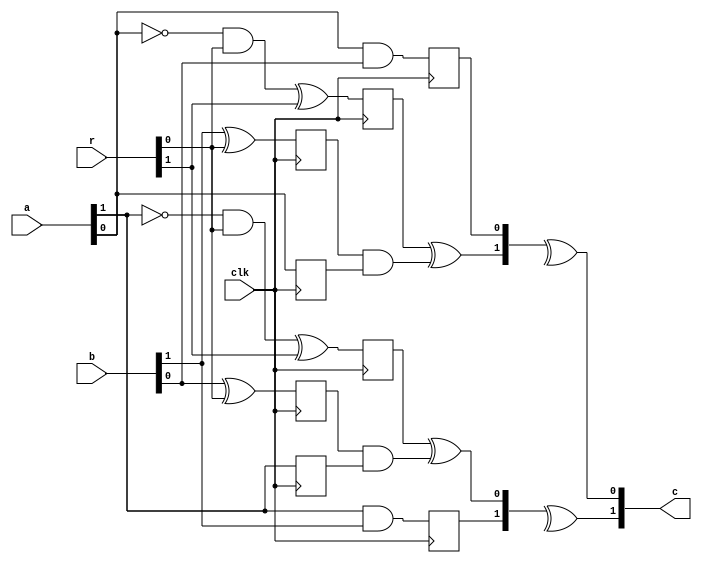
module and_HPC3_agema #(parameter security_order=1, parameter pipeline=1) (a, b, r, clk, c);

localparam half_rnd = security_order*(security_order+1)/2;


input wire [security_order:0] a, b;
input wire [2*half_rnd-1:0] r;
input wire clk;
output wire [security_order:0] c;

wire [half_rnd-1:0] r1, r2;
assign r1 = r[0 +: half_rnd];
assign r2 = r[half_rnd +: half_rnd];


function integer ij2idx(input integer i, input integer j);
    if (i < j) begin
        ij2idx = (half_rnd - (security_order-i)*(security_order-i+1)/2) + (j-i)-1;
    end else begin
        ij2idx = (half_rnd - (security_order-j)*(security_order-j+1)/2) + (i-j)-1;
    end
endfunction

genvar I, J;

for (I=0; I <= security_order; I = I+1) begin: i_gen
    wire [security_order:0] z;
    reg mul_s1_out;
    always @(posedge clk) mul_s1_out <= a[I] & b[I];
    assign z[I] = mul_s1_out;
    reg a_reg;
    always @(posedge clk) a_reg <= a[I];
    for (J = 0; J <= security_order; J = J+1) begin: j_gen
        if (J != I) begin
            wire s_in = b[J] ^ r1[ij2idx(I, J)];
            wire p_0_in= ((~a[I]) & r1[ij2idx(I, J)]) ^ r2[ij2idx(I, J)];
            reg s_out, p_0_out;
            always @(posedge clk) begin
                p_0_out <= p_0_in;
                s_out <= s_in;
            end
            wire p_1_in = s_out & a_reg;
            assign z[J] = p_0_out ^ p_1_in;
        end
    end
    assign c[I] = ^z;
end

endmodule